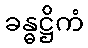
ခန္ဓဋ္ဌိကံ